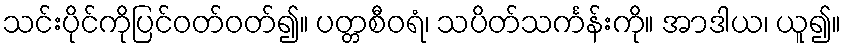
သင်းပိုင်ကိုပြင်ဝတ်ဝတ်၍။ ပတ္တစီဝရံ၊ သပိတ်သင်္ကန်းကို။ အာဒါယ၊ ယူ၍။